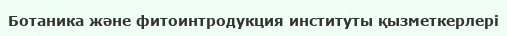
Ботаника және фитоинтродукция институты қызметкерлері